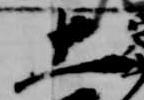
土